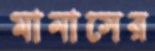
মানাসের